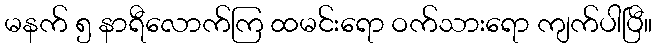
မနက် ၅ နာရီလောက်ကြ ထမင်းရော ဝက်သားရော ကျက်ပါပြီ။